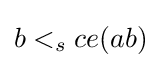
b<_{s}ce(ab)